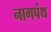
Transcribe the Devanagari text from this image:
नागपंथ